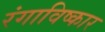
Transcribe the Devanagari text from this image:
रंगाविष्कार